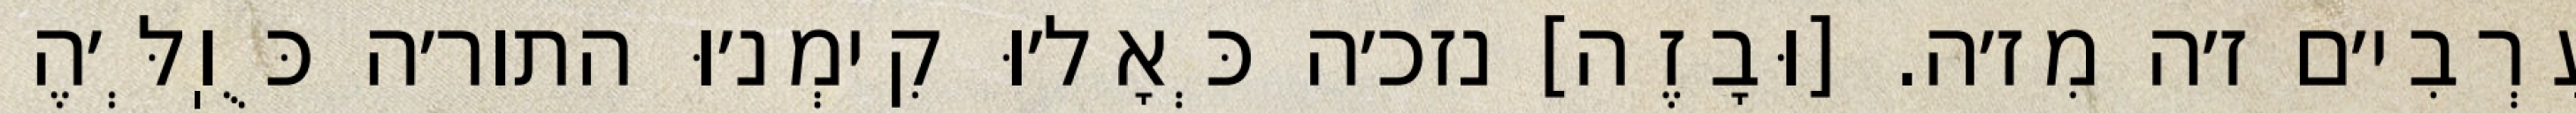
עַרְבִי׳ם ז׳ה מִז׳ה. [וּבָזֶה] נזכ׳ה כְּאָל׳וּ קִימְנ׳וּ התור׳ה כֻּוֽלְּ׳הֶ